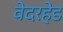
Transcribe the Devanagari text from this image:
वेदरहेड